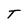
Character: T